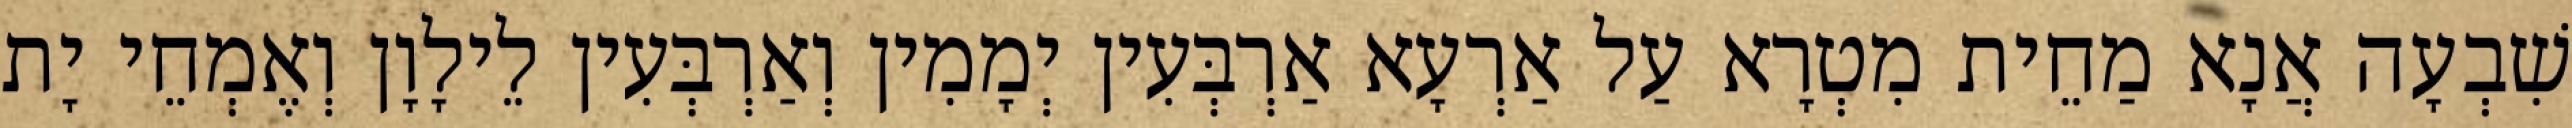
שִׁבְעָה אֲנָא מַחֵית מִטְרָא עַל אַרְעָא אַרְבְּעִין יְמָמִין וְאַרְבְּעִין לֵילָוָן וְאֶמְחֵי יָת